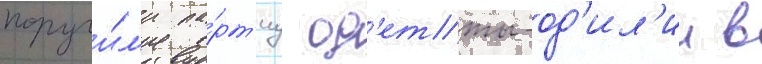
поручи́л'и па́рт'иу од'етты-од'ил'ии в